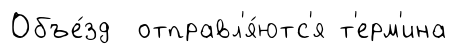
Объе́зд отправл'я́ютс'я т'ерм'ина